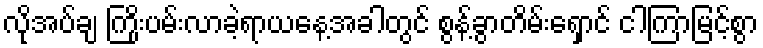
လိုအပ်ချ ကြိုးပမ်းလာခဲ့ရာယနေ့အခါတွင် စွန့်ခွာတိမ်းရှောင် ငါကြာမြင့်စွာ